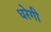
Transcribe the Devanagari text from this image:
धरेगी